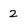
Character: 2